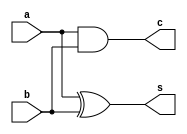
// HALF ADDER 

module HA(s,c,a,b);
input a,b;
output s,c;

assign s = a^b;
assign c = a&b;

endmodule

// FULL ADDER

module FA(s,cout,a,b,cin);
input a,b, cin;
output s,cout;

assign s = a^b^cin;
assign cout = ((a&b) | (cin&(a^b)));

endmodule

// 3 BIT MULTIPLIER USING SINGLE BIT ADDERS

module MULTIPLIER_3BIT
(
    input [2:0] a,b,
	 output  [5:0] p,
	 inout wire  [9:0] w

);

and  n1  (p[0],a[0],b[0]);

and  n2  (w0,a[1],b[0]);
and  n3  (w1,a[0],b[1]);
HA   n4  (p[1],c1,w0,w1);

and  n5  (w2,a[2],b[0]);
and  n6  (w3,a[1],b[1]);
HA   n7  (w4,c2,w2,w3);
and  n8  (w5,a[0],b[2]);
FA   n9 (p[2],c3,w4,w5,c1);

and  n10 (w6,a[2],b[1]);
and  n11 (w7,a[1],b[2]);
FA   n12 (w8,c4,w6,w7,c2);
HA   n13 (p[3],c5,w8,c3);

and  n14 (w9,a[2],b[2]);
FA   n15 (p[4],p[5],c4,c5,w9);

endmodule